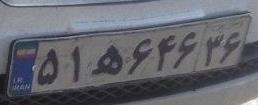
۵۱ه۶۴۶۳۶